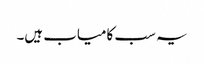
یہ سب کامیاب ہیں۔